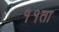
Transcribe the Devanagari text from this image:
११ता